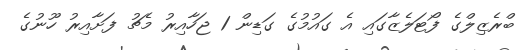
ބްރެޒިލްގެ ފޯޓަލެޒާގައި އެ ގައުމުގެ ގަޑިން 1 ޖަހާއިރު މެޗު ފަށާއިރު ހޫނުގެ